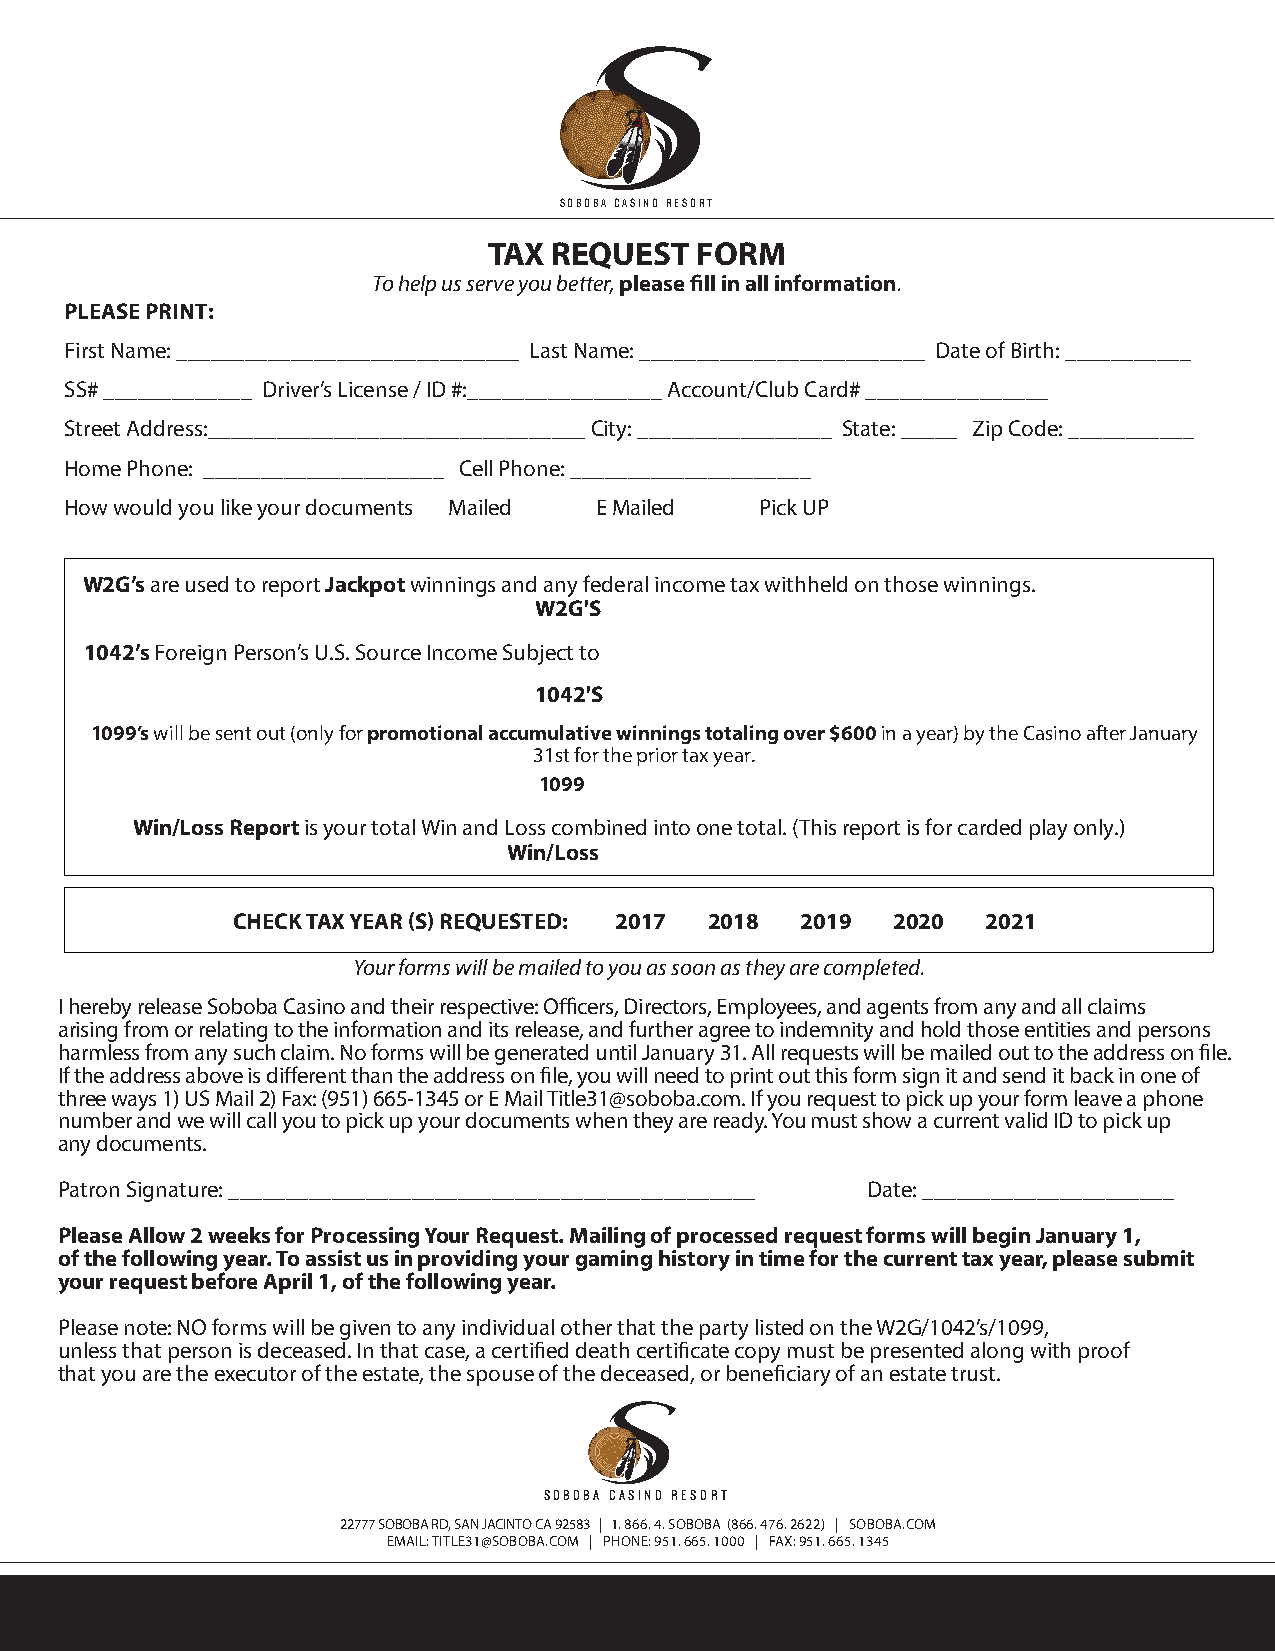
SOBOBA CASINO RESORT
 TAX  REQUEST  FORM
 To help us serve you better, please fill in all information.
 PLEASE PRINT:
 First Name: ______________________________ Last Name: _________________________ Date of Birth: ___________
 SS# _____________ Driver’s License / ID #:_________________ Account/Club Card# ________________
 Street Address:_________________________________ City: _________________ State: _____ Zip Code: ___________
 Home Phone: _____________________ Cell Phone: _____________________
 How would you like your documents Mailed E Mailed Pick UP
 W2G’s are used to report Jackpot winnings and any federal income tax withheld on those winnings.
 W2G'S
 1042’s Foreign Person’s U.S. Source Income Subject to
 1042'S
 1099’s will be sent out (only for promotional accumulative winnings totaling over $600 in a year) by the Casino after January
 31st for the prior tax year.
 1099
 Win/Loss Report is your total Win and Loss combined into one total. (This report is for carded play only.)
 Win/Loss
 CHECK TAX YEAR (S) REQUESTED: 2017 2018 2019 2020 2021
 Your forms will be mailed to you as soon as they are completed.
 I hereby release Soboba Casino and their respective: Officers, Directors, Employees, and agents from any and all claims
 arising from or relating to the information and its release, and further agree to indemnity and hold those entities and persons
 harmless from any such claim. No forms will be generated until January 31. All requests will be mailed out to the address on file.
 If the address above is different than the address on file, you will need to print out this form sign it and send it back in one of
 three ways 1) US Mail 2) Fax: (951) 665-1345 or E Mail Title31@soboba.com. If you request to pick up your form leave a phone
 number and we will call you to pick up your documents when they are ready. You must show a current valid ID to pick up
 any documents.
 Patron Signature: ______________________________________________ Date: ______________________
 Please Allow 2 weeks for Processing Your Request. Mailing of processed request forms will begin January 1,
 of the following year. To assist us in providing your gaming history in time for the current tax year, please submit
 your request before April 1, of the following year.
 Please note: NO forms will be given to any individual other that the party listed on the W2G/1042’s/1099,
 unless that person is deceased. In that case, a certified death certificate copy must be presented along with proof
 that you are the executor of the estate, the spouse of the deceased, or beneficiary of an estate trust.
 SOBOBA CASINO RESORT
 22777 SOBOBA RD, SAN JACINTO CA 92583 | 1. 866. 4. SOBOBA (866. 476. 2622) | SOBOBA.COM
 EMAIL: TITLE31@SOBOBA.COM | PHONE: 951. 665. 1000 | FAX: 951. 665. 1345